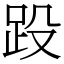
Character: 䟝